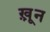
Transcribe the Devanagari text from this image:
ख़़ून